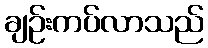
ချဉ်းကပ်လာသည်